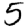
Digit: 5